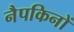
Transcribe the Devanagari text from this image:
नैपकिनों